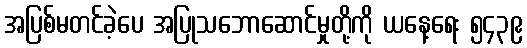
အပြစ်မတင်ခဲ့ပေ အပြုသဘောဆောင်မှုတို့ကို ယနေ့ရေး ၅၄၃၉